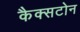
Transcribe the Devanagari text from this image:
कैक्सटोन